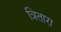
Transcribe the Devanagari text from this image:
त्रितारा